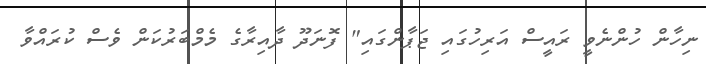
ނިހާން ހުންނެވީ ރައީސް އަރިހުގައި ޖަޕާންގައި" ފޮނަަދޫ ދާއިރާގެ މެމްބަރުކަން ވެސް ކުރައްވާ